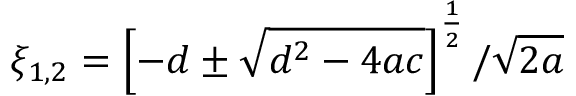
\xi _ { 1 , 2 } = \left[ - d \pm \sqrt { d ^ { 2 } - 4 a c } \right] ^ { \frac 1 2 } / \sqrt { 2 a }